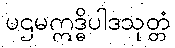
ပဌမဣဒ္ဓိပါဒသုတ္တံ